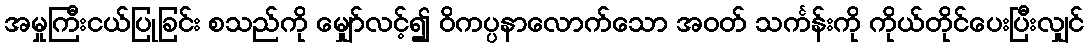
အမှုကြီးငယ်ပြုခြင်း စသည်ကို မျှော်လင့်၍ ဝိကပ္ပနာလောက်သော အဝတ် သင်္ကန်းကို ကိုယ်တိုင်ပေးပြီးလျှင်